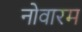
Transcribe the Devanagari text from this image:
नोवारम